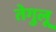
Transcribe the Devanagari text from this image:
तेगुलू